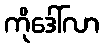
ကိုဒေါ်လာ